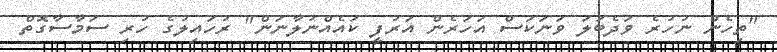
"ތިހެން ނުހުރެ ވަދެބަލަ ވަނަކަސް އަހަރެން އަރުފީ ކައެއްނުލާނަން" ރުހައިލުގެ ހުރި ސަމާސާގޮތް